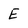
Character: E